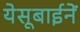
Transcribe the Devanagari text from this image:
येसूबाईनें